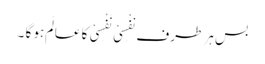
بس ہر طرف نَفْسِیْ نَفْسِیْ کا عالَم ہو گا ۔